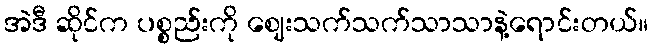
အဲဒီ ဆိုင်က ပစ္စည်းကို ဈေးသက်သက်သာသာနဲ့ရောင်းတယ်။